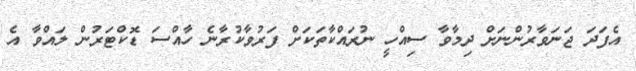
އެފަދަ ޖަނަވާރުންނަށް ދިމާވާ ސިއްހީ ނުރައްކާތަކަށް ފަރުވާކުރާނެ ހާއްސަ ޑޮކްޓަރުން ލައްވާ އެ